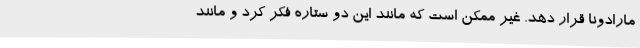
مارادونا قرار دهد. غیر ممکن است که مانند این دو ستاره فکر کرد و مانند